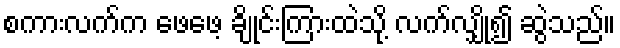
စကားလက်က ဖေဖေ့ ချိုင်းကြားထဲသို့ လက်လျှို၍ ဆွဲသည်။